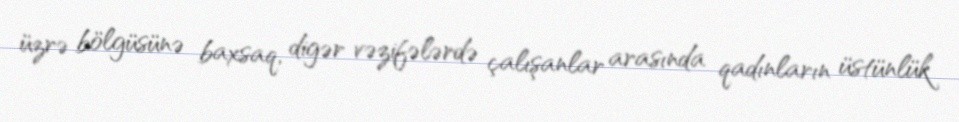
üzrə bölgüsünə baxsaq, digər vəzifələrdə çalışanlar arasında qadınların üstünlük